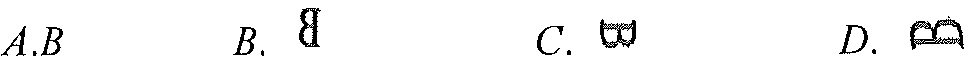
$A.B$  $B.\ \exists$  $C.\ \forall$  $D.\ \Leftrightarrow$